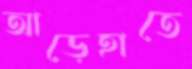
আড়েহাতে